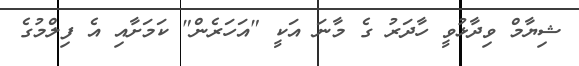
ޝިޔާމް ވިދާޅުވީ ހާދަރު ގެ މާނަ އަކީ "އަހަރެން" ކަމަށާއި އެ ފިލްމުގެ